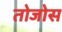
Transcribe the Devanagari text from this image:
तोजोस